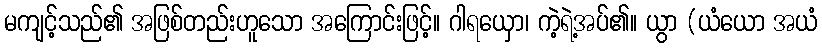
မကျင့်သည်၏ အဖြစ်တည်းဟူသော အကြောင်းဖြင့်။ ဂါရယှော၊ ကဲ့ရဲ့အပ်၏။ ယွာ (ယံယော အယံ